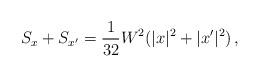
LaTeX: \begin{align*}S_x + S_{x'} = \frac{1}{32} W^2 (|x|^2 + |x'|^2) \, ,\end{align*}